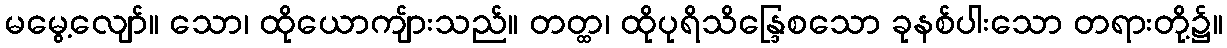
မမွေ့လျော်။ သော၊ ထိုယောကျ်ားသည်။ တတ္ထ၊ ထိုပုရိသိန္ဒြေစသော ခုနစ်ပါးသော တရားတို့၌။